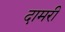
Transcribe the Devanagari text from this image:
दामरी